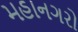
મહાનગરો